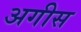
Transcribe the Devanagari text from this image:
अगीस